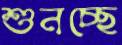
শুনচ্ছে